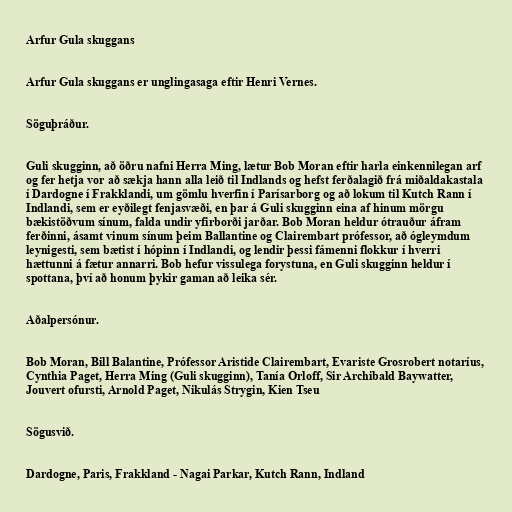
Arfur Gula skuggans

Arfur Gula skuggans er unglingasaga eftir Henri Vernes.

Söguþráður.

Guli skugginn, að öðru nafni Herra Ming, lætur Bob Moran eftir harla einkennilegan arf
og fer hetja vor að sækja hann alla leið til Indlands og hefst ferðalagið frá miðaldakastala
í Dardogne í Frakklandi, um gömlu hverfin í Parísarborg og að lokum til Kutch Rann í
Indlandi, sem er eyðilegt fenjasvæði, en þar á Guli skugginn eina af hinum mörgu
bækistöðvum sínum, falda undir yfirborði jarðar. Bob Moran heldur ótrauður áfram
ferðinni, ásamt vinum sínum þeim Ballantine og Clairembart prófessor, að ógleymdum
leynigesti, sem bætist í hópinn í Indlandi, og lendir þessi fámenni flokkur í hverri
hættunni á fætur annarri. Bob hefur vissulega forystuna, en Guli skugginn heldur í
spottana, því að honum þykir gaman að leika sér.

Aðalpersónur.

Bob Moran, Bill Balantine, Prófessor Aristide Clairembart, Evariste Grosrobert notaríus,
Cynthia Paget, Herra Ming (Guli skugginn), Tanía Orloff, Sir Archibald Baywatter,
Jouvert ofursti, Arnold Paget, Nikulás Strygin, Kien Tseu

Sögusvið.

Dardogne, Paris, Frakkland - Nagai Parkar, Kutch Rann, Indland